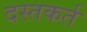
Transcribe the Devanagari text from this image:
दस्तकर्त